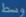
Transcribe-the-text-in-the-image